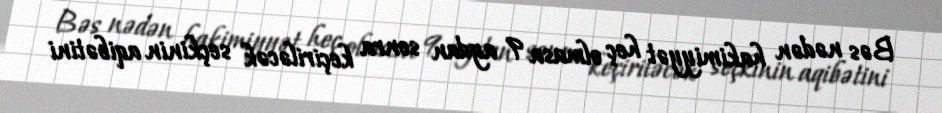
Bəs nədən hakimiyyət heç olmasa 9 aydan sonra keçiriləcək seçkinin aqibətini